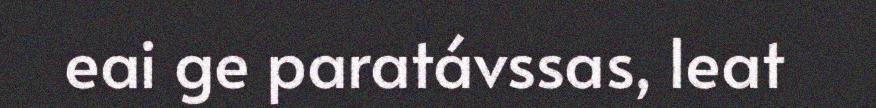
eai ge paratávssas, leat